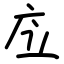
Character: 㡴